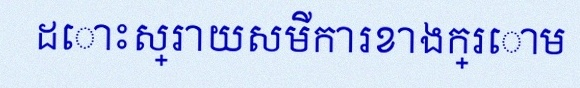
ដោះស្រាយសមីការខាងក្រោម